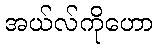
အယ်လ်ကိုဟော